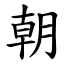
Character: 朝